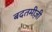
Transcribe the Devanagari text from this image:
बदतमीज़ी